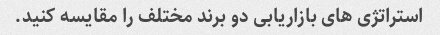
استراتژی های بازاریابی دو برند مختلف را مقایسه کنید.